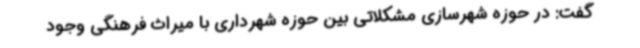
گفت: در حوزه شهرسازی مشکلاتی بین حوزه شهرداری با میراث فرهنگی وجود